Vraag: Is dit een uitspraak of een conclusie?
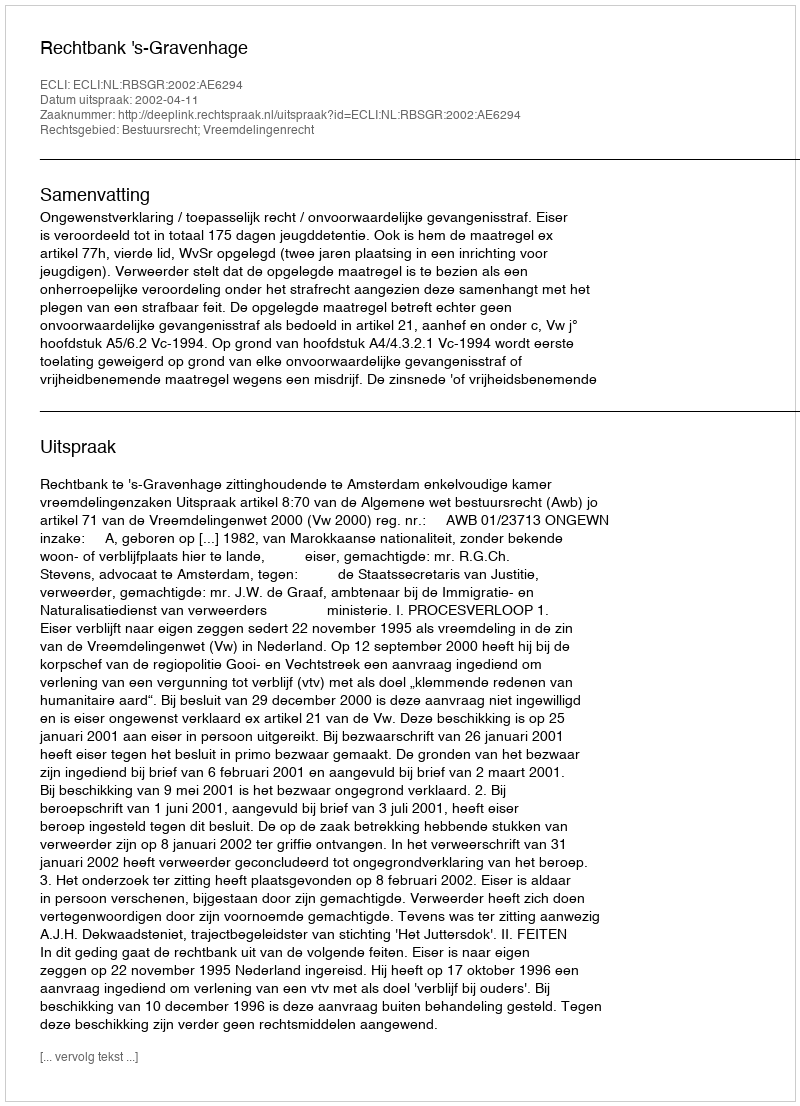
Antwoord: Uitspraak